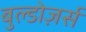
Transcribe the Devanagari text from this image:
बुल्डोज़र्स